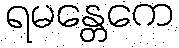
ရမန္တေကေ